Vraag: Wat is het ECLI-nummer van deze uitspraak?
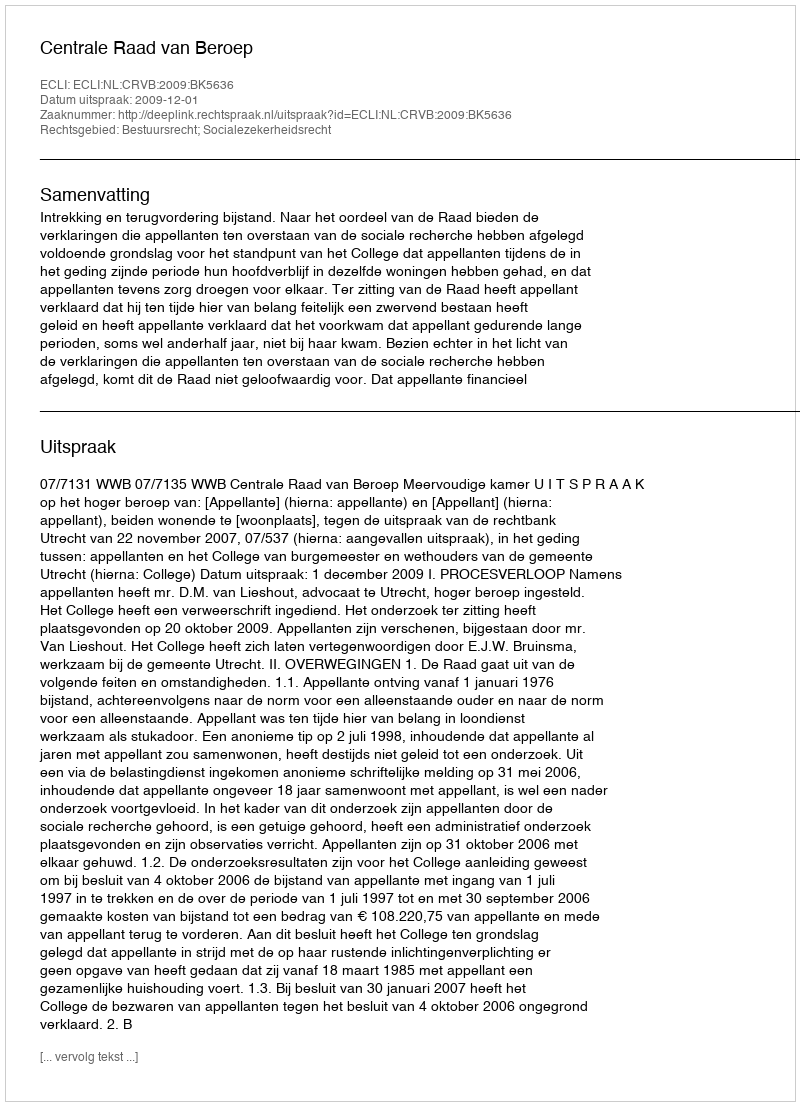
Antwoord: ECLI:NL:CRVB:2009:BK5636